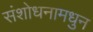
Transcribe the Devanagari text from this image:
संशोधनामधुन